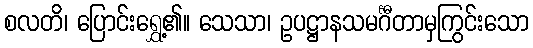
စလတိ၊ ပြောင်းရွှေ့၏။ သေသာ၊ ဥပဋ္ဌာနသမင်္ဂီတာမှကြွင်းသော